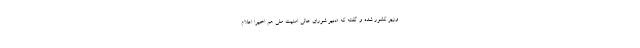
وزیر کشور شده و گفته که «دبیر شورای عالی امنیت ملی هم اخیرا اعلام